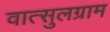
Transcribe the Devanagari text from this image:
वात्सुलग्राम